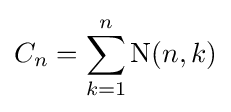
C_{n}=\sum _{k=1}^{n}\operatorname {N} (n,k)